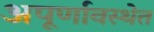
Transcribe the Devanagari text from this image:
अपूर्णावस्थेत